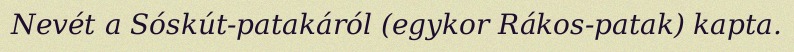
Nevét a Sóskút-patakáról (egykor Rákos-patak) kapta.